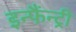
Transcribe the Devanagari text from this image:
इन्फैंन्ट्री